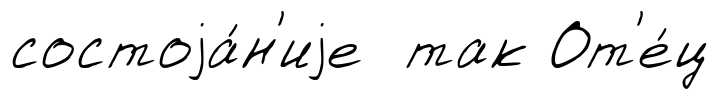
состоjа́н'иjе так От'е́ц